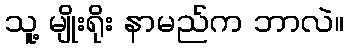
သူ့ မျိုးရိုး နာမည်က ဘာလဲ။